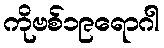
ကိုဗစ်၁၉ရောဂါ